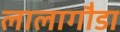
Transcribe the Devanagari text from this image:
लालागौडा